Observations on rabies - Number 36
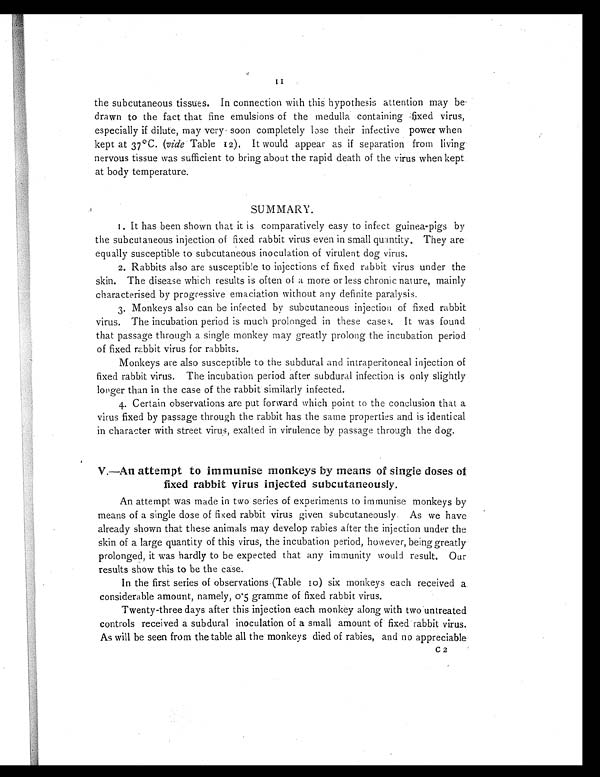
II
the subcutaneous tissues. In connection with this hypothesis attention may be
drawn to the fact that fine emulsions of the medulla containing fixed virus,
especially if dilute, may very soon completely lose their infective power when
kept at 37 0 C. (vide Table 12).I t w o u l d a p p e a r a s i f s e p a r a t i o n f r o m l i v i n g
nervous tissue was sufficient to bring about the rapid death of the virus when kept
at body temperature.
,
SUMMARY.
1. It has been shown that it is comparatively easy to infect guinea-pigs by
the subcutaneous injection of fixed rabbit virus even in small quantity. They are
equally susceptible to subcutaneous inoculation of virulent dog virus.
2. Rabbits also are susceptible to injections of fixed rabbit virus under the
skin. The disease which results is often of a more or less chronic nature, mainly
characterised by progressive emaciation without any definite paralysis.
3. Monkeys also can be infected by subcutaneous injection of fixed rabbit
virus. The incubation period is much prolonged in these cases. It was found
that passage through a single monkey may greatly prolong the incubation period
of fixed rabbit virus for rabbits.
Monkeys are also susceptible to the subdural and intraperitoneal injection of
fixed rabbit virus. The incubation period after subdural infection is only slightly
longer than in the case of the rabbit similarly infected.
4. Certain observations are put forward which point to the conclusion that a
virus fixed by passage through the rabbit has the same properties and is identical
in character with street virus, exalted in virulence by passage through the dog.
•
V.—An attempt to immunise monkeys by means of single doses of
fixed rabbit virus injected subcutaneously.
An attempt was made in two series of experiments to immunise monkeys by
means of a single dose of fixed rabbit virus given subcutaneously. As we have
already shown that these animals may develop rabies after the injection under the
skin of a large quantity of this virus, the incubation period, however, being greatly
prolonged, it was hardly to be expected that any immunity would result. Our
results show this to be the case.
In the first series of observations (Table 10 )) six monkeys each received a
considerable amount, namely, 0.5 gramme of fixed rabbit virus.
Twenty-three days after this injection each monkey along with two untreated
controls received a subdural inoculation of a small amount of fixed rabbit virus.
As will be seen from the table all the monkeys died of rabies, and no appreciable
C2